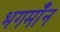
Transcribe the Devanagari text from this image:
भगमाँन